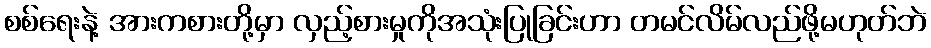
စစ်ရေးနဲ့ အားကစားတို့မှာ လှည့်စားမှုကိုအသုံးပြုခြင်းဟာ တမင်လိမ်လည်ဖို့မဟုတ်ဘဲ